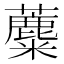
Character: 蘪